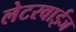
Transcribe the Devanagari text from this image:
लेटरवाईज